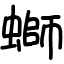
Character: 螄